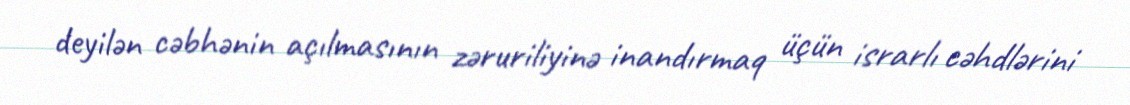
deyilən cəbhənin açılmasının zəruriliyinə inandırmaq üçün israrlı cəhdlərini